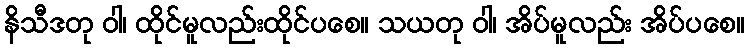
နိသီဒတု ဝါ၊ ထိုင်မူလည်းထိုင်ပစေ။ သယတု ဝါ၊ အိပ်မူလည်း အိပ်ပစေ။